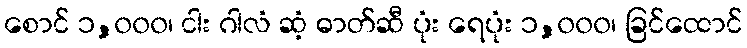
စောင် ၁,၀၀၀၊ ငါး ဂါလံ ဆံ့ ဓာတ်ဆီ ပုံး ရေပုံး ၁,၀၀၀၊ ခြင်ထောင်